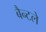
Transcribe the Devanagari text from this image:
बैन्टले